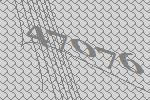
47076